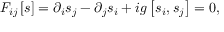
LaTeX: F _ { i j } \left[ s \right] = \partial _ { i } s _ { j } - \partial _ { j } s _ { i } + i g \left[ s _ { i } , s _ { j } \right] = 0 ,